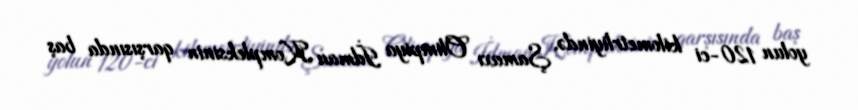
yolun 120-ci kilometrliyində, Şamaxı Olimpiya İdman Kompleksinin qarşısında baş